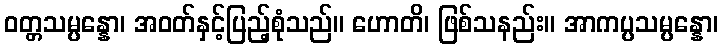
ဝတ္တသမ္ပန္နော၊ အဝတ်နှင့်ပြည့်စုံသည်။ ဟောတိ၊ ဖြစ်သနည်း။ အာကပ္ပသမ္ပန္နော၊